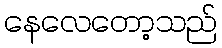
နေလေတော့သည်